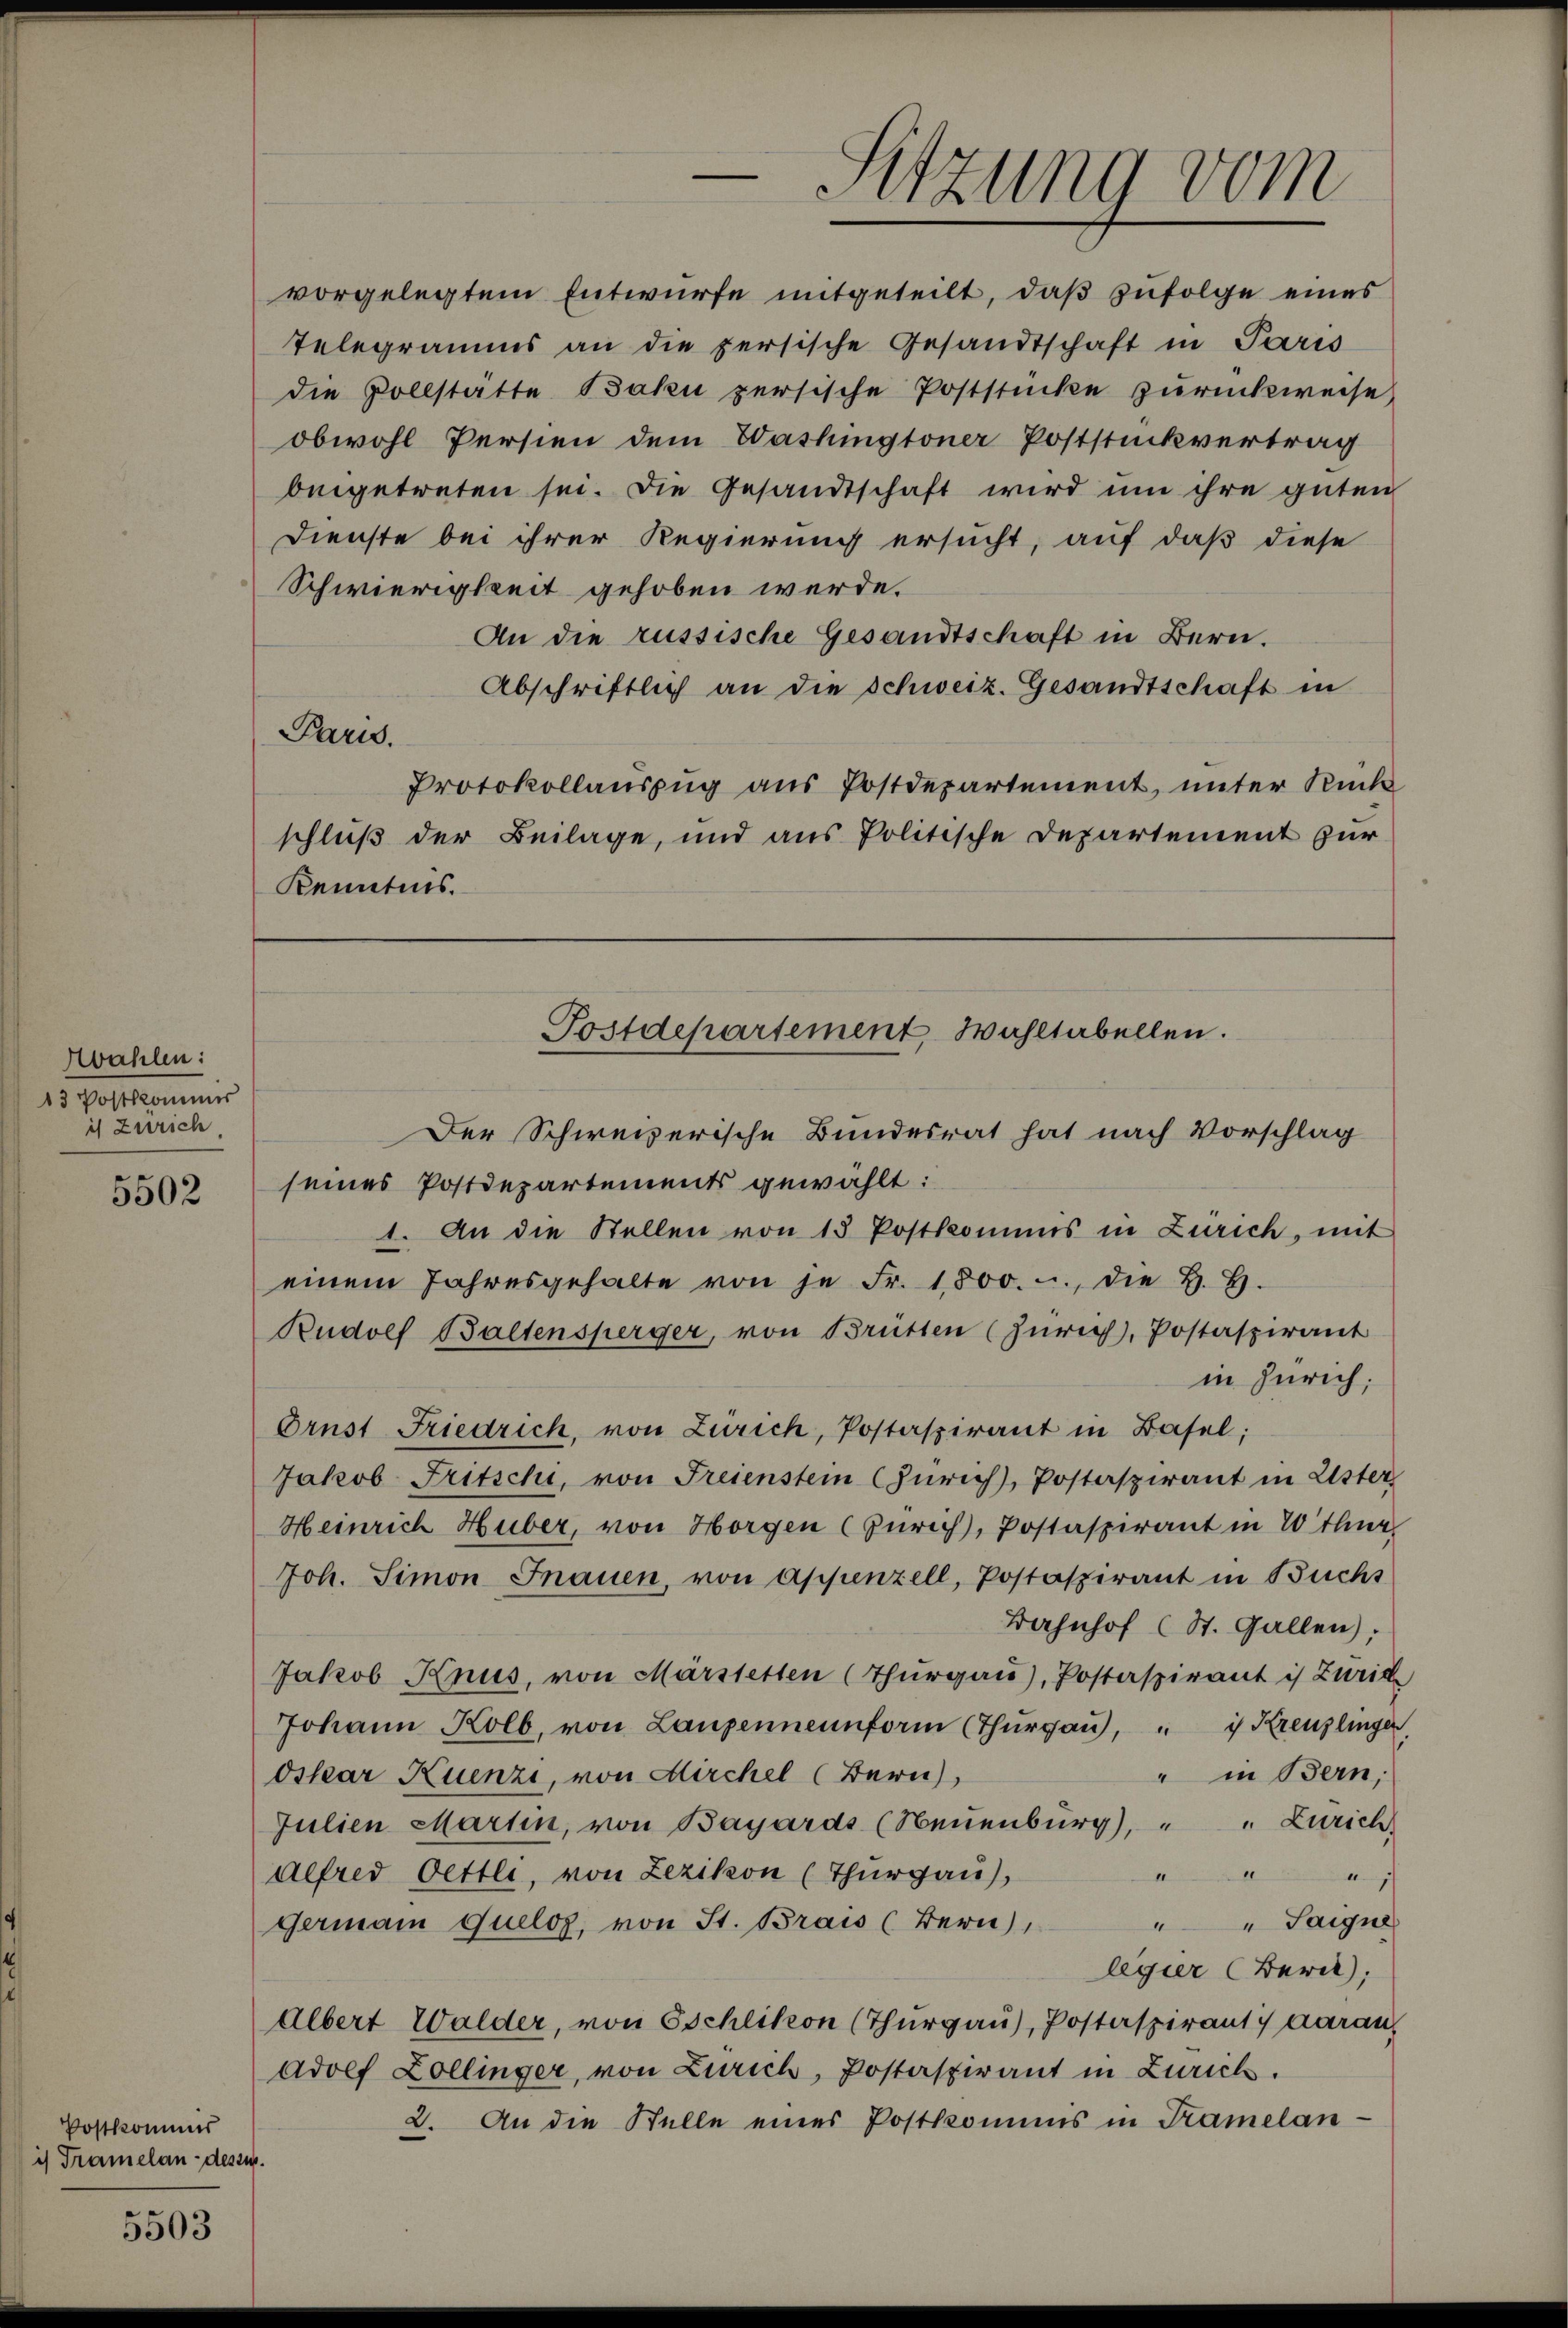
Mahlen:
15 Percommis
is Zürich

5502

Postkommis
is Tramelandesse.

5503

vorgelegtem Entwürfe mitgeteilt, daß zufolge eines
Telegramms an die zersische Gesandtschaft in Paris
die Vollstatte Bahn zersische Poststücke zurückweise.

obwohl Persien dem Washingtoner Poststückvertrag
beigetreten sei. Die Gesandtschaft wird um ihre guten
Dienste bei ihrer Regierung ersucht, auf daß diese
Schwierigkeit gehoben werde.
An die russische Gesandtschaft in Bern.
Abschriftlich an die Schweiz. Gesandtschaft in
Parw.
Protokollauszug aus Postdepartement, unter Rück
schluß der Beilage, und aus Politische Departement zur
Kenntnis.

Sitzung vom

Postdepartement Wahltabellen.

Der Schweizerische Bundesrat hat nach Vorschlag
seines Postdepartements gewählt:
1. An die Stellen von 13 Postkommis in Zürich, mit
einem Jahresgehalte von je Fr. 1800. - die H. H.
Rudolf Baltensperger, von Brütten (Zürich, Postaspirant
in Zürich;
Ornst Friedrich, von Zürich, Postaspirant in Basel;
Jakob Fritschi, von Freienstein (Zürich, Postaspirant in Uster
Heinrich Huber, von Horgen (Zürich, Postaspirant in W thur
Joh. Simon Inauen, von Appenzell, Postaspirant in Buchs
Bahnhof (St. Gallen;
Jakob Knus, von Märstetten (Thurgau), Postaspirant is Züric
Johann Kolb, von Laupenneunform (Thŭrgaŭ, " " Kreuzlinger
" in Bern,
Oskar Kuenzi, von Kirchel (Bern),
Julien Martin, von Bayards (Neuenburg), " " Zürich
I
Alfred Oettli, von Lezikon (Thurgau),

Taigne
german Quelos, von St. Brais (Bern),
legier (Bern,
Albert Walder, von Eschlikon (Thurgau), Postaspiranti daran,
Adolf Zollinger, von Zürich, Postaspirant in Zürich.
2. An die Stelle eines Postkommis in Tramelan-